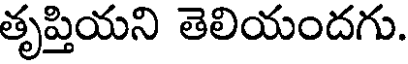
తృప్తియని తెలియందగు.